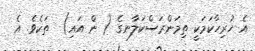
އެ ހުރިހާކަމަކީ ތިމަންރަސްކަލާނގެ ( ން އައި)  ތަކެވެ. އެ